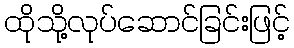
ထိုသို့လုပ်ဆောင်ခြင်းဖြင့်